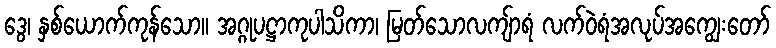
ဒွေ၊ နှစ်ယောက်ကုန်သော။ အဂ္ဂုပဋ္ဌာကုပါသိကာ၊ မြတ်သောလကျ်ာရံ လက်ဝဲရံအလုပ်အကျွေးတော်